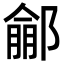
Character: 𨝙